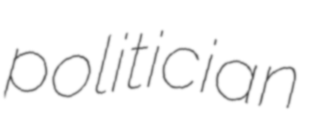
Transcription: politician